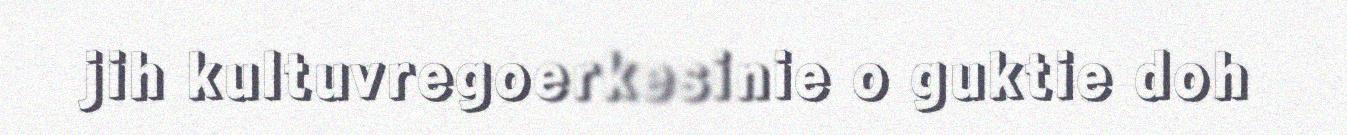
jih kultuvregoerkesinie o guktie doh